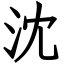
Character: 沈